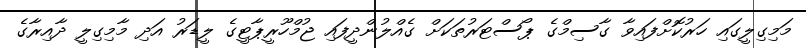
މަމިގިލީގައި ހަރުކޮށްފައިވާ ގާސިމްގެ ޕޯސްޓަރުތަކަށް ގެއްލުންދީފައި ޖުމްހޫރީޕާޓީގެ ލީޑަރު އަދި މާމިގިލީ ދާއިރާގެ